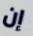
إن